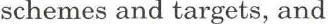
schemes and targets, and